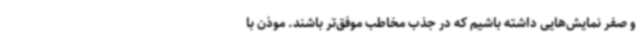
و صفر نمایش‌هایی داشته باشیم که در جذب مخاطب موفق‌تر باشند. موذن با